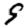
Digit: 9